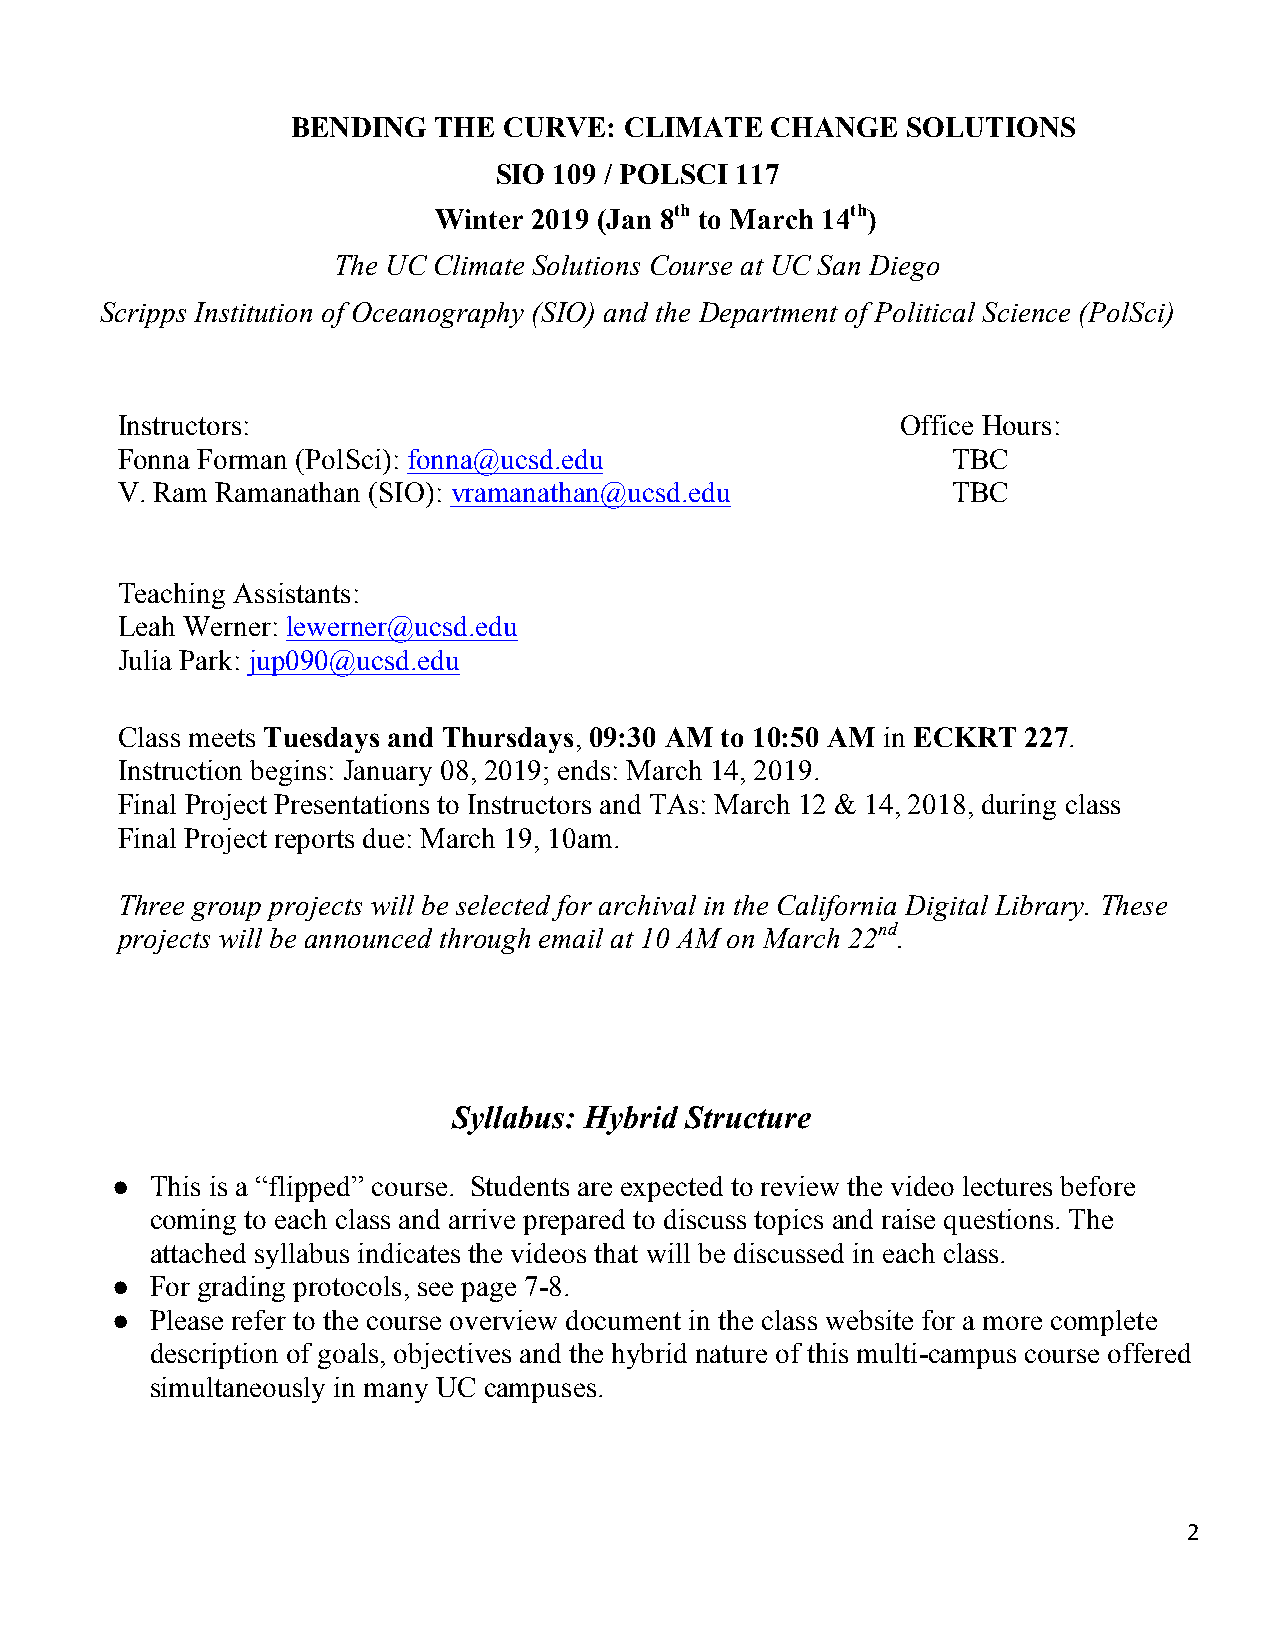
BENDING   THE CURVE:  CLIMATE   CHANGE   SOLUTIONS
 SIO 109 / POLSCI 117
 Winter 2019 (Jan 8th to March 14th)
 The UC Climate Solutions Course at UC San Diego
 Scripps Institution of Oceanography (SIO) and the Department of Political Science (PolSci)
 Instructors:                                        Office Hours:
 Fonna Forman (PolSci): fonna@ucsd.edu                  TBC
 V. Ram Ramanathan (SIO): vramanathan@ucsd.edu          TBC
 Teaching Assistants:
 Leah Werner: lewerner@ucsd.edu
 Julia Park: jup090@ucsd.edu
 Class meets Tuesdays and Thursdays, 09:30 AM to 10:50 AM in ECKRT 227.
 Instruction begins: January 08, 2019; ends: March 14, 2019.
 Final Project Presentations to Instructors and TAs: March 12 & 14, 2018, during class
 Final Project reports due: March 19, 10am.
 Three group projects will be selected for archival in the California Digital Library. These
 projects will be announced through email at 10 AM on March 22nd.
 Syllabus: Hybrid Structure
 ●  This is a “flipped” course. Students are expected to review the video lectures before
 coming to each class and arrive prepared to discuss topics and raise questions. The
 attached syllabus indicates the videos that will be discussed in each class.
 ●  For grading protocols, see page 7-8.
 ●  Please refer to the course overview document in the class website for a more complete
 description of goals, objectives and the hybrid nature of this multi-campus course offered
 simultaneously in many UC campuses.
 2